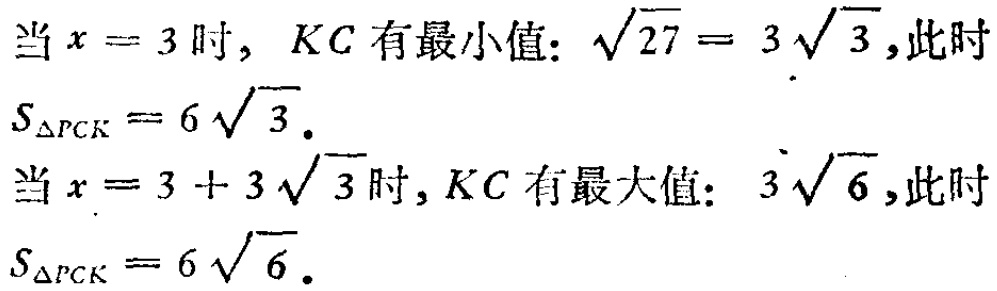
当\(x = 3\)时，\(KC\)有最小值：\(\sqrt{27} = 3\sqrt{3}\)，此时\(S_{\triangle PCK}=6\sqrt{3}\)。
当\(x = 3 + 3\sqrt{3}\)时，\(KC\)有最大值：\(3\sqrt{6}\)，此时\(S_{\triangle PCK}=6\sqrt{6}\)。